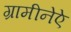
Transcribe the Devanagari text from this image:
ग्रामीनेऐ